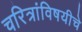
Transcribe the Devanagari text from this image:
चरित्रांविषयीचे